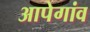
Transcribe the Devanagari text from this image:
आपेगांव